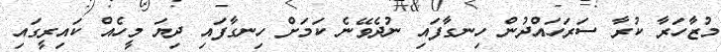
މުޒާހަރާ ކުރާ ސަރަހައްދުން ހިނގާފައި ނުދެވޭނެ ކަމަށް ހިނގާފައި ދިޔަ މީހެއް ކައިރީގައި